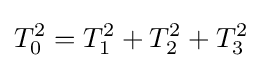
T_{0}^{2}=T_{1}^{2}+T_{2}^{2}+T_{3}^{2}